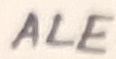
Text: ALE